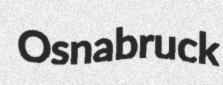
Osnabruck